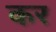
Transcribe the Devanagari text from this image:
कर